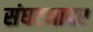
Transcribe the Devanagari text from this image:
संघटनावर